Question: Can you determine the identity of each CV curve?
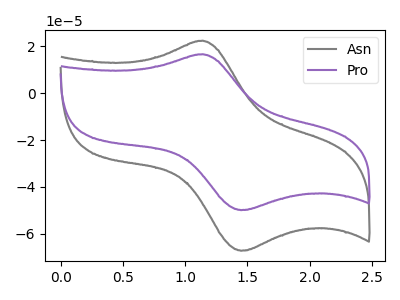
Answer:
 <answer>The gray curve is labeled "Asn". The purple curve is labeled "Pro".</answer>
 <eval></eval>